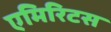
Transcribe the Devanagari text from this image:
एमिरिटस